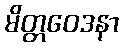
မိတ္တဝေဒနာ